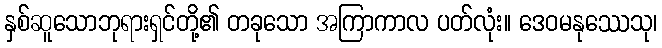
နှစ်ဆူသောဘုရားရှင်တို့၏ တခုသော အကြာကာလ ပတ်လုံး။ ဒေဝမနုဿေသု၊